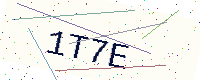
Text: 1T7E